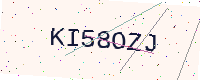
Text: KI58OZJ